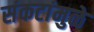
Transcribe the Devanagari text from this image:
संकटांमुळे